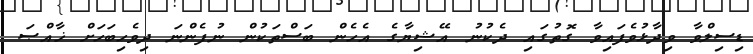
ޑިސިލްވާ ވިދާޅުވެފައިވާ ގޮތުގައި ދެކުނު އޭޝިޔާގެ އެހެން ބަސްތަކުން ނުފެންނަ ދިވެހިބަހަށް ޚާއްޞަ